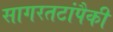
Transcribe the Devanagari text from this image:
सागरतटांपैकी